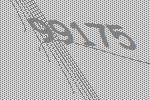
99175